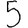
Digit: 5